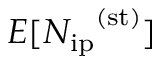
E [ { N _ { \mathrm { i p } } } ^ { \mathrm { ( s t ) } } ]